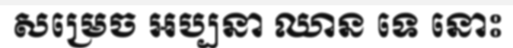
សម្រេច អប្បនា ឈាន ទេ នោះ